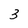
Character: 3